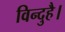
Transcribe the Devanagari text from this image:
विन्दुहै।